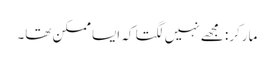
مارکر: مجھے نہیں لگتا کہ ایسا ممکن تھا۔